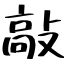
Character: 敲